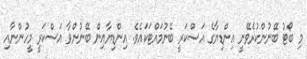
މި ބޯޓު ބޭނުންކުރެވޭނީ އިންޑިޔާގެ އަސްކަރީ ބޭނުމައްޓަކައެވެ. އިންޑިޔާއިން ބޭނުންވާ އަސްކަރީ މީހުންނާއި